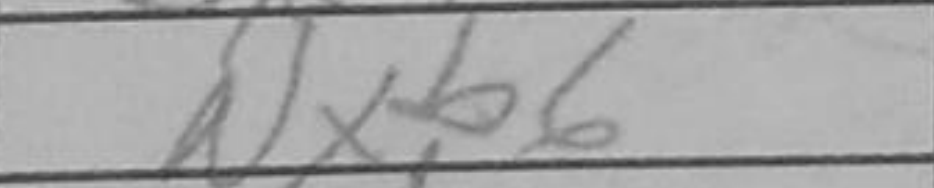
Transcription: Nxb6